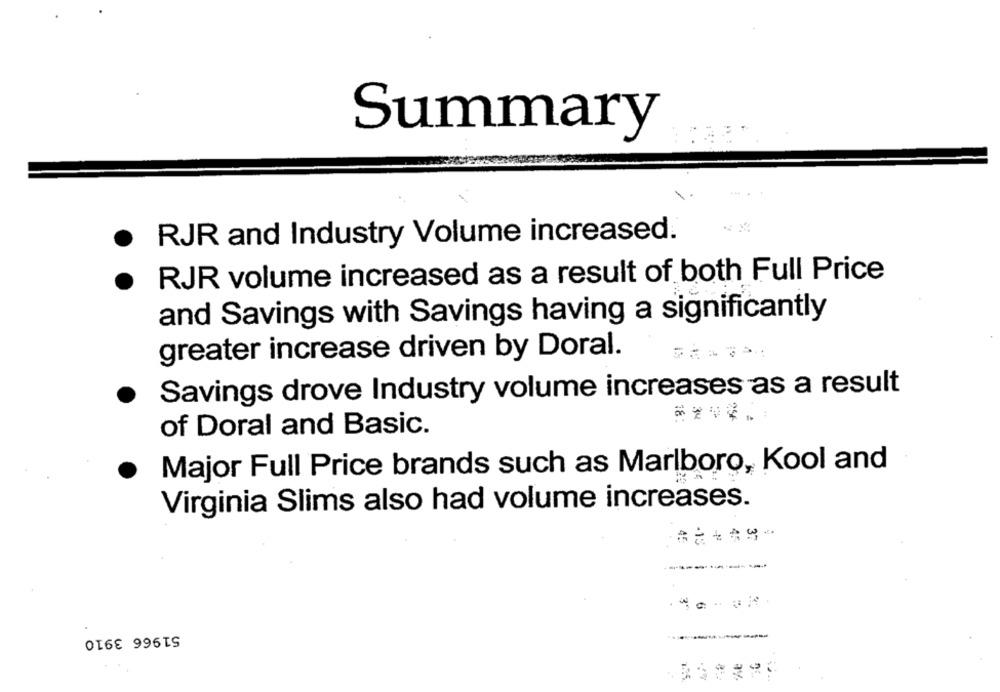
Summary
RJR and Industry Volume increased.
RJR volume increased as a result of both Full Price
and Savings with Savings having a significantly
greater increase driven by Doral.
Savings drove Industry volume increases as a result
of Doral and Basic.
Major Full Price brands such as Marlboro, Kool and
Virginia Slims also had volume increases.
51966 3910